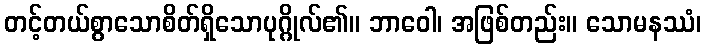
တင့်တယ်စွာသောစိတ်ရှိသောပုဂ္ဂိုလ်၏။ ဘာဝေါ၊ အဖြစ်တည်း။ သောမနဿံ၊